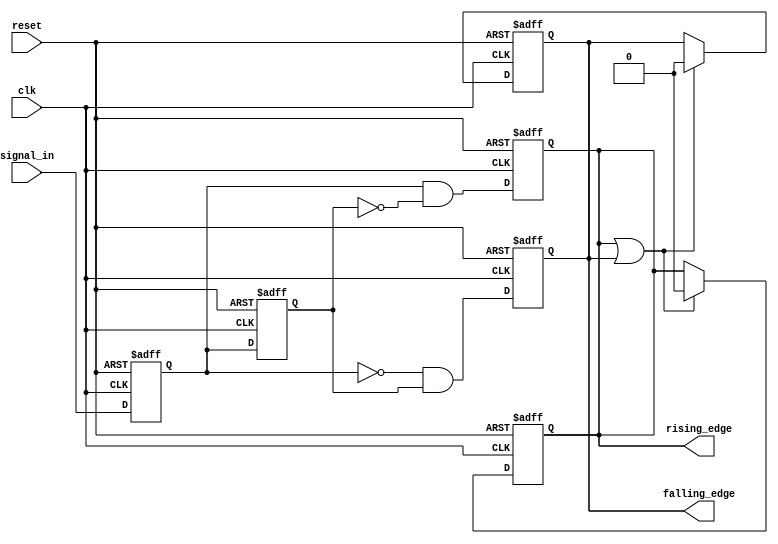
module glitch_free_edge_detector (
    input wire clk,              // Clock signal
    input wire reset,            // Asynchronous reset
    input wire signal_in,        // Input signal to be monitored
    output reg rising_edge,      // Rising edge output signal
    output reg falling_edge      // Falling edge output signal
);

    // Internal registers to hold current and previous states
    reg current_state;
    reg previous_state;

    // Sequential logic for state update and edge detection
    always @(posedge clk or posedge reset) begin
        if (reset) begin
            // Initialize states on reset
            current_state <= 1'b0;
            previous_state <= 1'b0;
            rising_edge <= 1'b0;
            falling_edge <= 1'b0;
        end else begin
            // Update previous state
            previous_state <= current_state;
            // Update current state to the input signal
            current_state <= signal_in;

            // Edge detection logic
            rising_edge <= (current_state == 1'b1 && previous_state == 1'b0);
            falling_edge <= (current_state == 1'b0 && previous_state == 1'b1);
        end
    end

    // Reset rising_edge and falling_edge after one clock cycle
    always @(posedge clk or posedge reset) begin
        if (reset) begin
            rising_edge <= 1'b0;
            falling_edge <= 1'b0;
        end else begin
            // Reset the edge signals to low after detecting an edge
            if (rising_edge || falling_edge) begin
                rising_edge <= 1'b0;
                falling_edge <= 1'b0;
            end
        end
    end

endmodule